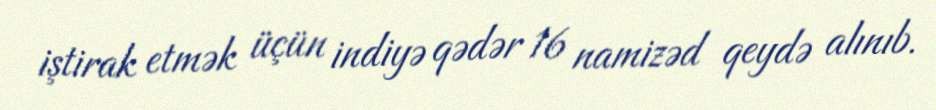
iştirak etmək üçün indiyə qədər 16 namizəd qeydə alınıb.